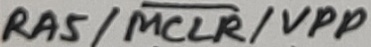
Text: RA5/MCLR/VPP